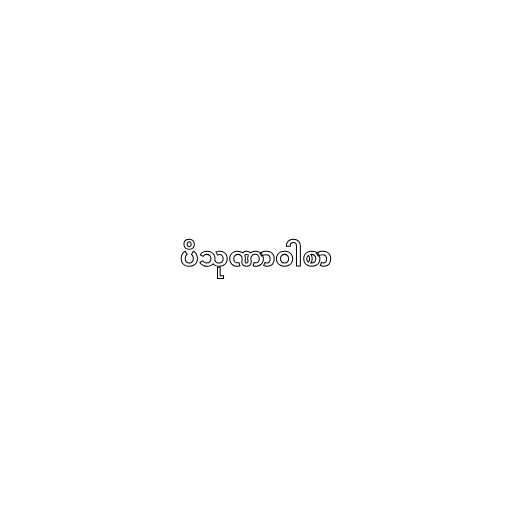
ပိသုဏာဝါစာ